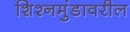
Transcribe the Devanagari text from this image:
शिश्नमुंडावरील